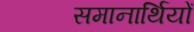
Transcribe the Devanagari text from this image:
समानार्थियों